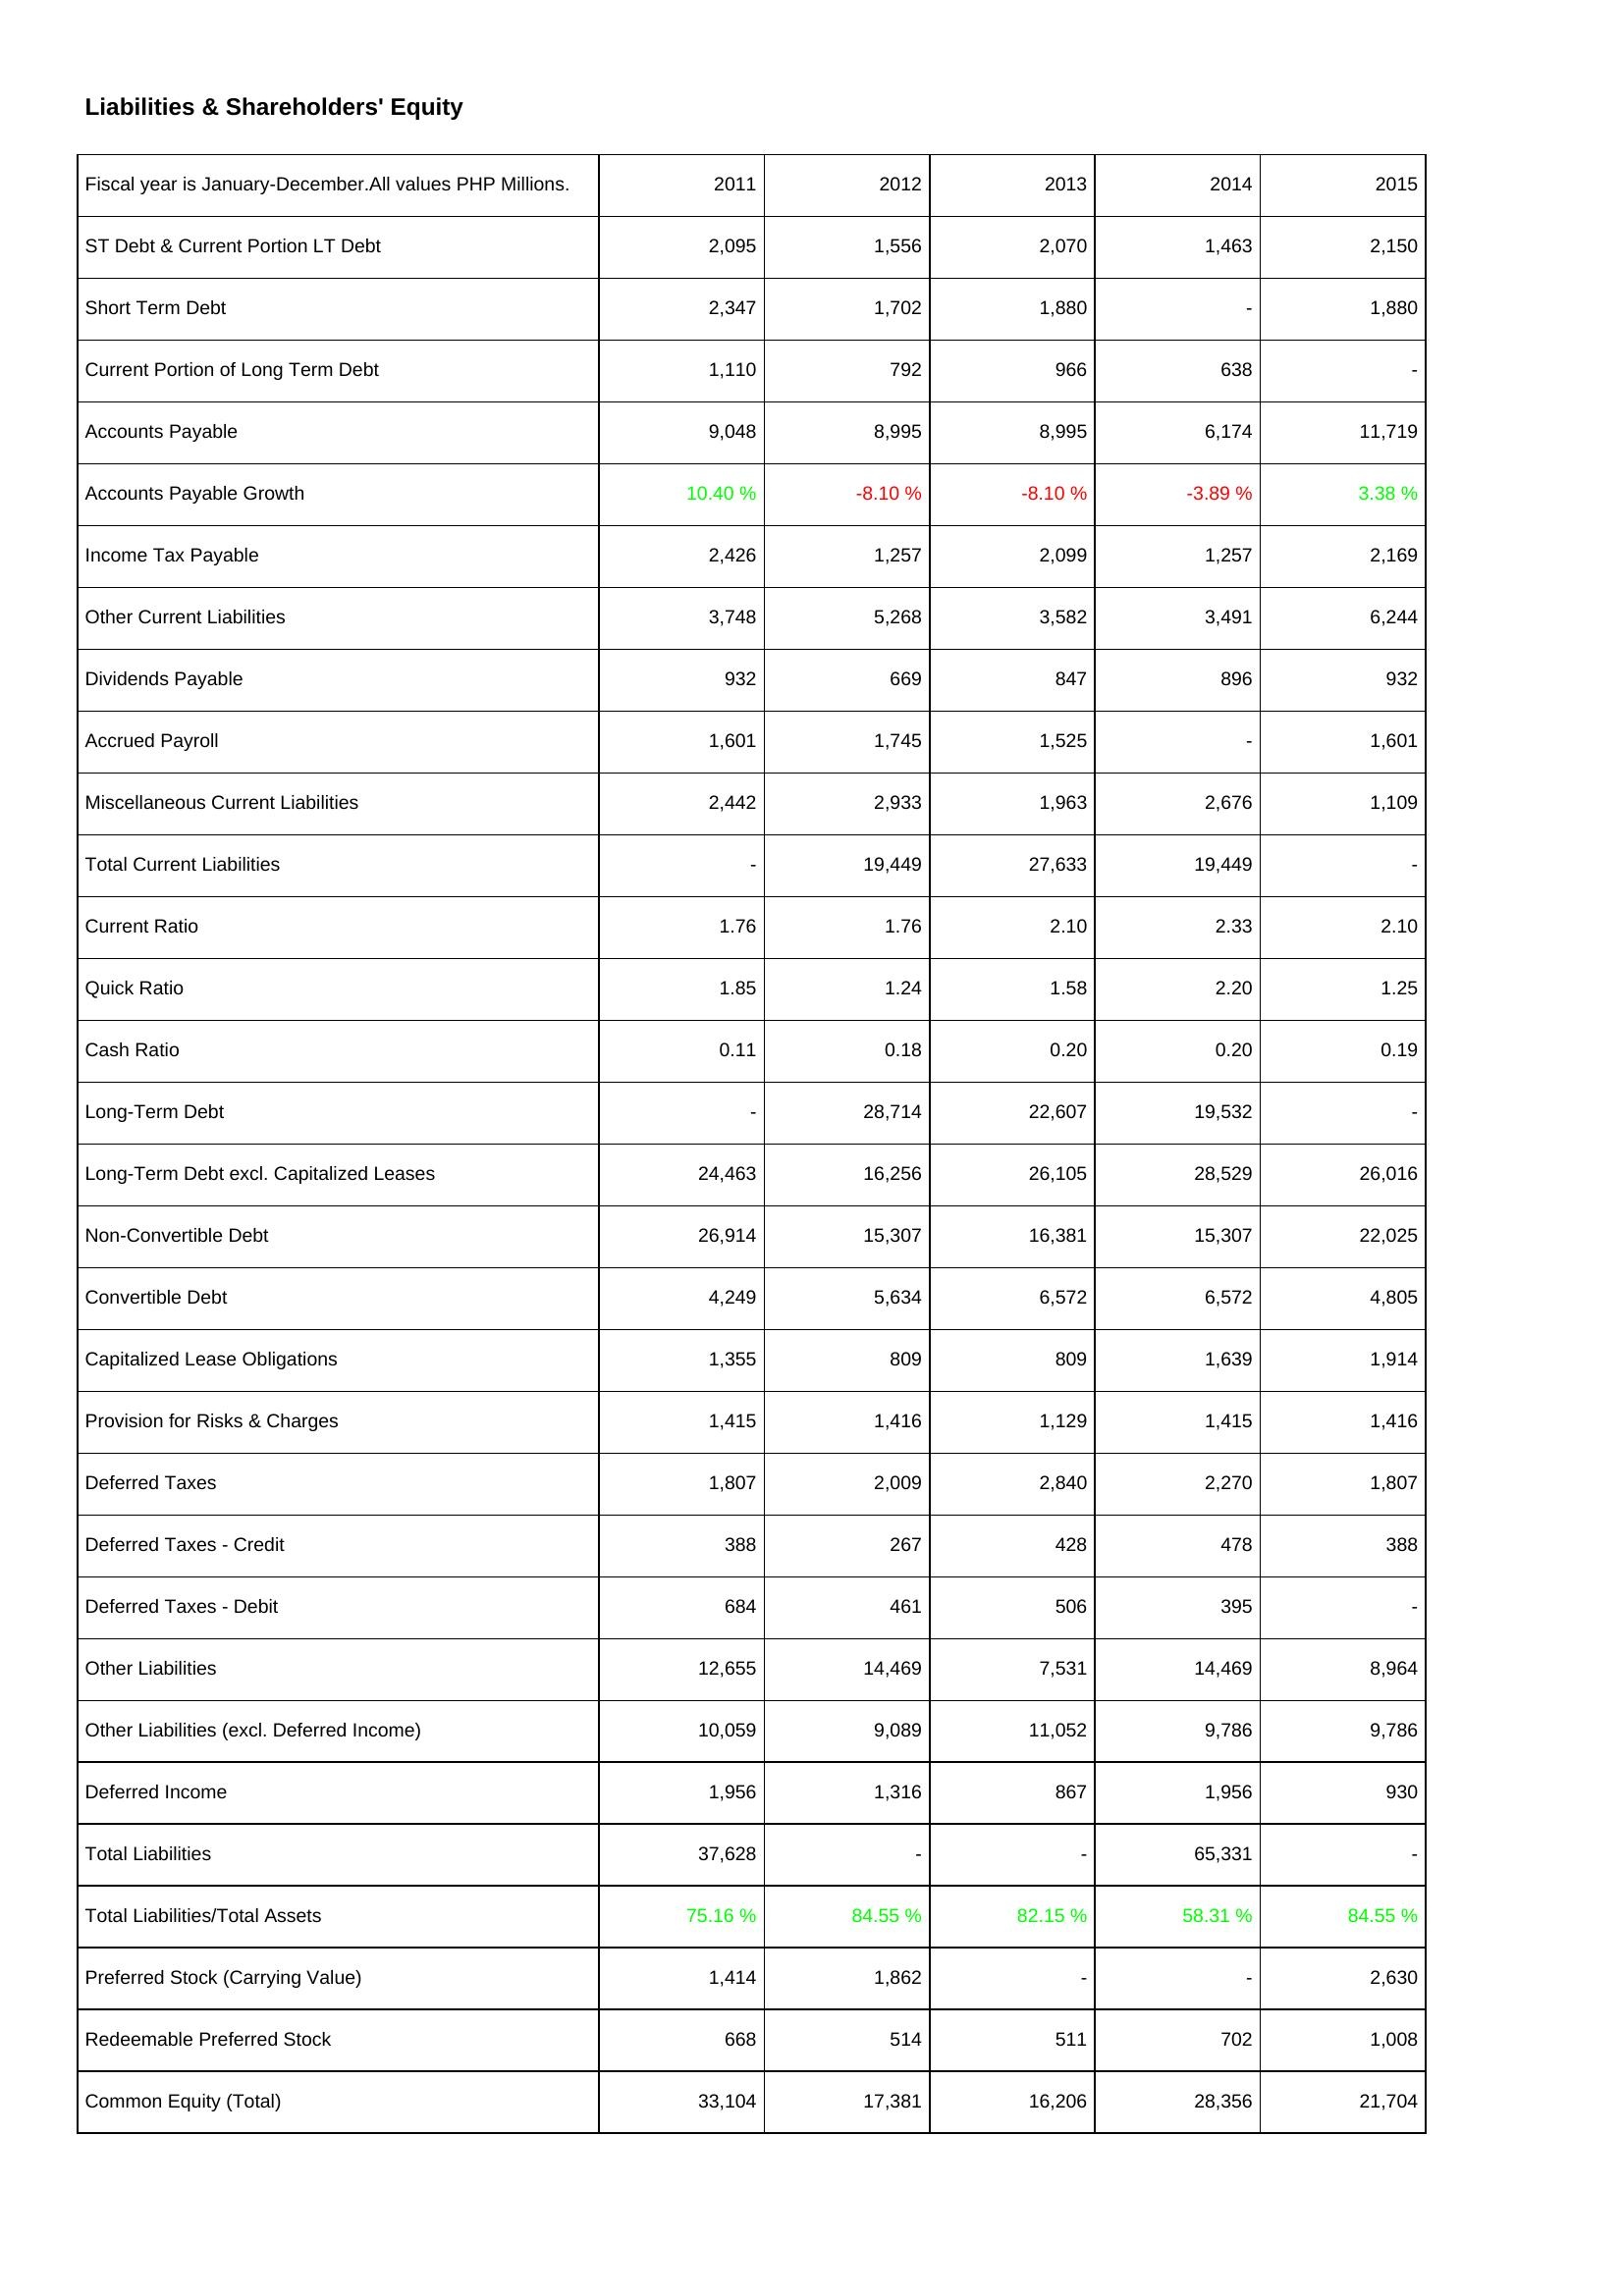
2011: Liabilities & Shareholders' Equity: ST Debt & Current Portion LT Debt: 2,095
Short Term Debt: 2,347
Current Portion of Long Term Debt: 1,110
Accounts Payable: 9,048
Accounts Payable Growth: 10.40 %
Income Tax Payable: 2,426
Other Current Liabilities: 3,748
Dividends Payable: 932
Accrued Payroll: 1,601
Miscellaneous Current Liabilities: 2,442
Total Current Liabilities: -
Current Ratio: 1.76
Quick Ratio: 1.85
Cash Ratio: 0.11
Long-Term Debt: -
Long-Term Debt excl. Capitalized Leases: 24,463
Non-Convertible Debt: 26,914
Convertible Debt: 4,249
Capitalized Lease Obligations: 1,355
Provision for Risks & Charges: 1,415
Deferred Taxes: 1,807
Deferred Taxes - Credit: 388
Deferred Taxes - Debit: 684
Other Liabilities: 12,655
Other Liabilities (excl. Deferred Income): 10,059
Deferred Income: 1,956
Total Liabilities: 37,628
Total Liabilities/Total Assets: 75.16 %
Preferred Stock (Carrying Value): 1,414
Redeemable Preferred Stock: 668
Common Equity (Total): 33,104
2012: Liabilities & Shareholders' Equity: ST Debt & Current Portion LT Debt: 1,556
Short Term Debt: 1,702
Current Portion of Long Term Debt: 792
Accounts Payable: 8,995
Accounts Payable Growth: -8.10 %
Income Tax Payable: 1,257
Other Current Liabilities: 5,268
Dividends Payable: 669
Accrued Payroll: 1,745
Miscellaneous Current Liabilities: 2,933
Total Current Liabilities: 19,449
Current Ratio: 1.76
Quick Ratio: 1.24
Cash Ratio: 0.18
Long-Term Debt: 28,714
Long-Term Debt excl. Capitalized Leases: 16,256
Non-Convertible Debt: 15,307
Convertible Debt: 5,634
Capitalized Lease Obligations: 809
Provision for Risks & Charges: 1,416
Deferred Taxes: 2,009
Deferred Taxes - Credit: 267
Deferred Taxes - Debit: 461
Other Liabilities: 14,469
Other Liabilities (excl. Deferred Income): 9,089
Deferred Income: 1,316
Total Liabilities: -
Total Liabilities/Total Assets: 84.55 %
Preferred Stock (Carrying Value): 1,862
Redeemable Preferred Stock: 514
Common Equity (Total): 17,381
2013: Liabilities & Shareholders' Equity: ST Debt & Current Portion LT Debt: 2,070
Short Term Debt: 1,880
Current Portion of Long Term Debt: 966
Accounts Payable: 8,995
Accounts Payable Growth: -8.10 %
Income Tax Payable: 2,099
Other Current Liabilities: 3,582
Dividends Payable: 847
Accrued Payroll: 1,525
Miscellaneous Current Liabilities: 1,963
Total Current Liabilities: 27,633
Current Ratio: 2.10
Quick Ratio: 1.58
Cash Ratio: 0.20
Long-Term Debt: 22,607
Long-Term Debt excl. Capitalized Leases: 26,105
Non-Convertible Debt: 16,381
Convertible Debt: 6,572
Capitalized Lease Obligations: 809
Provision for Risks & Charges: 1,129
Deferred Taxes: 2,840
Deferred Taxes - Credit: 428
Deferred Taxes - Debit: 506
Other Liabilities: 7,531
Other Liabilities (excl. Deferred Income): 11,052
Deferred Income: 867
Total Liabilities: -
Total Liabilities/Total Assets: 82.15 %
Preferred Stock (Carrying Value): -
Redeemable Preferred Stock: 511
Common Equity (Total): 16,206
2014: Liabilities & Shareholders' Equity: ST Debt & Current Portion LT Debt: 1,463
Short Term Debt: -
Current Portion of Long Term Debt: 638
Accounts Payable: 6,174
Accounts Payable Growth: -3.89 %
Income Tax Payable: 1,257
Other Current Liabilities: 3,491
Dividends Payable: 896
Accrued Payroll: -
Miscellaneous Current Liabilities: 2,676
Total Current Liabilities: 19,449
Current Ratio: 2.33
Quick Ratio: 2.20
Cash Ratio: 0.20
Long-Term Debt: 19,532
Long-Term Debt excl. Capitalized Leases: 28,529
Non-Convertible Debt: 15,307
Convertible Debt: 6,572
Capitalized Lease Obligations: 1,639
Provision for Risks & Charges: 1,415
Deferred Taxes: 2,270
Deferred Taxes - Credit: 478
Deferred Taxes - Debit: 395
Other Liabilities: 14,469
Other Liabilities (excl. Deferred Income): 9,786
Deferred Income: 1,956
Total Liabilities: 65,331
Total Liabilities/Total Assets: 58.31 %
Preferred Stock (Carrying Value): -
Redeemable Preferred Stock: 702
Common Equity (Total): 28,356
2015: Liabilities & Shareholders' Equity: ST Debt & Current Portion LT Debt: 2,150
Short Term Debt: 1,880
Current Portion of Long Term Debt: -
Accounts Payable: 11,719
Accounts Payable Growth: 3.38 %
Income Tax Payable: 2,169
Other Current Liabilities: 6,244
Dividends Payable: 932
Accrued Payroll: 1,601
Miscellaneous Current Liabilities: 1,109
Total Current Liabilities: -
Current Ratio: 2.10
Quick Ratio: 1.25
Cash Ratio: 0.19
Long-Term Debt: -
Long-Term Debt excl. Capitalized Leases: 26,016
Non-Convertible Debt: 22,025
Convertible Debt: 4,805
Capitalized Lease Obligations: 1,914
Provision for Risks & Charges: 1,416
Deferred Taxes: 1,807
Deferred Taxes - Credit: 388
Deferred Taxes - Debit: -
Other Liabilities: 8,964
Other Liabilities (excl. Deferred Income): 9,786
Deferred Income: 930
Total Liabilities: -
Total Liabilities/Total Assets: 84.55 %
Preferred Stock (Carrying Value): 2,630
Redeemable Preferred Stock: 1,008
Common Equity (Total): 21,704